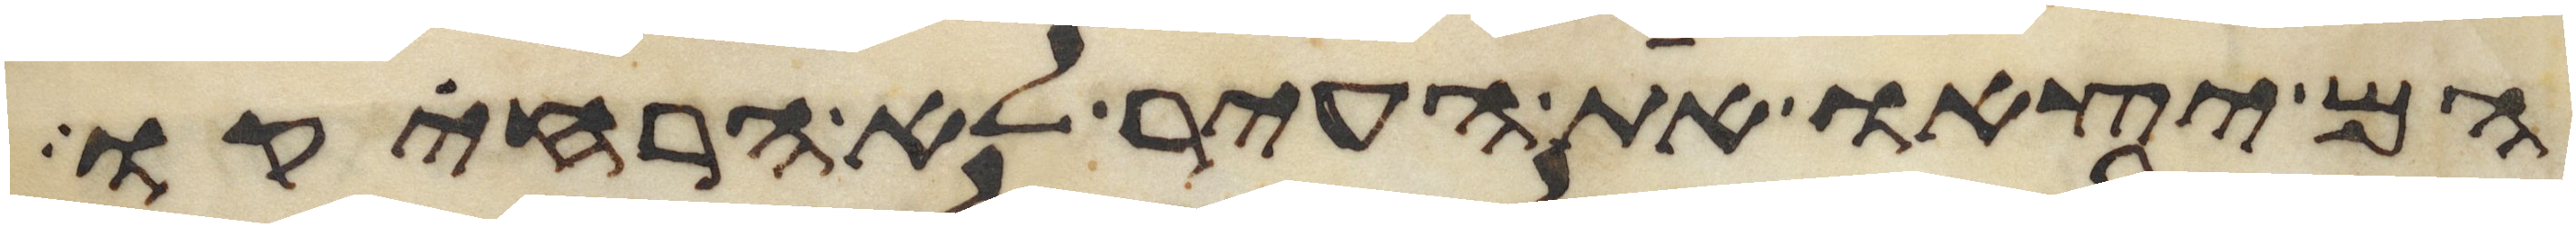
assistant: הם יצאו את העיר לא הרחיקו